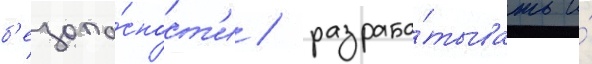
б'езопа́сност'и / разраба́тывать и́